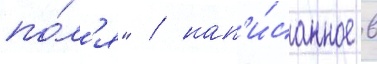
по́л'я" / нап'и́санное в